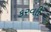
કરવાી